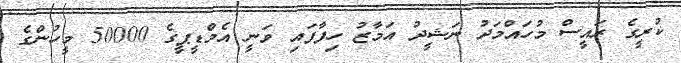
ކުރީގެ ރައީސް މުހައްމަދު ނަޝީދު އަމާޒު ހިފާފައި ވަނީ އެމްޑީޕީގެ 50000 މީހުންގެ